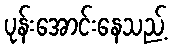
ပုန်းအောင်းနေသည့်